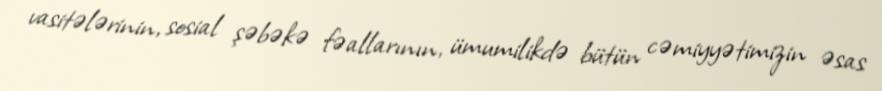
vasitələrinin, sosial şəbəkə fəallarının, ümumilikdə bütün cəmiyyətimizin əsas